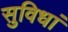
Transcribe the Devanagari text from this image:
सुविधां